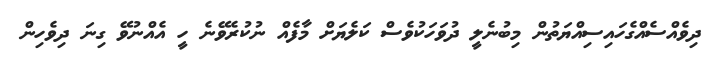
ދިވެއްސެއްގެހައިސިއްޔަތުން މިބުނެލީ ދުވަހަކުވެސް ކަލެޔަށް މާފެއް ނުކުރެވޭނެ ހީ އެއްނުވޭ ގިނަ ދިވެހިން